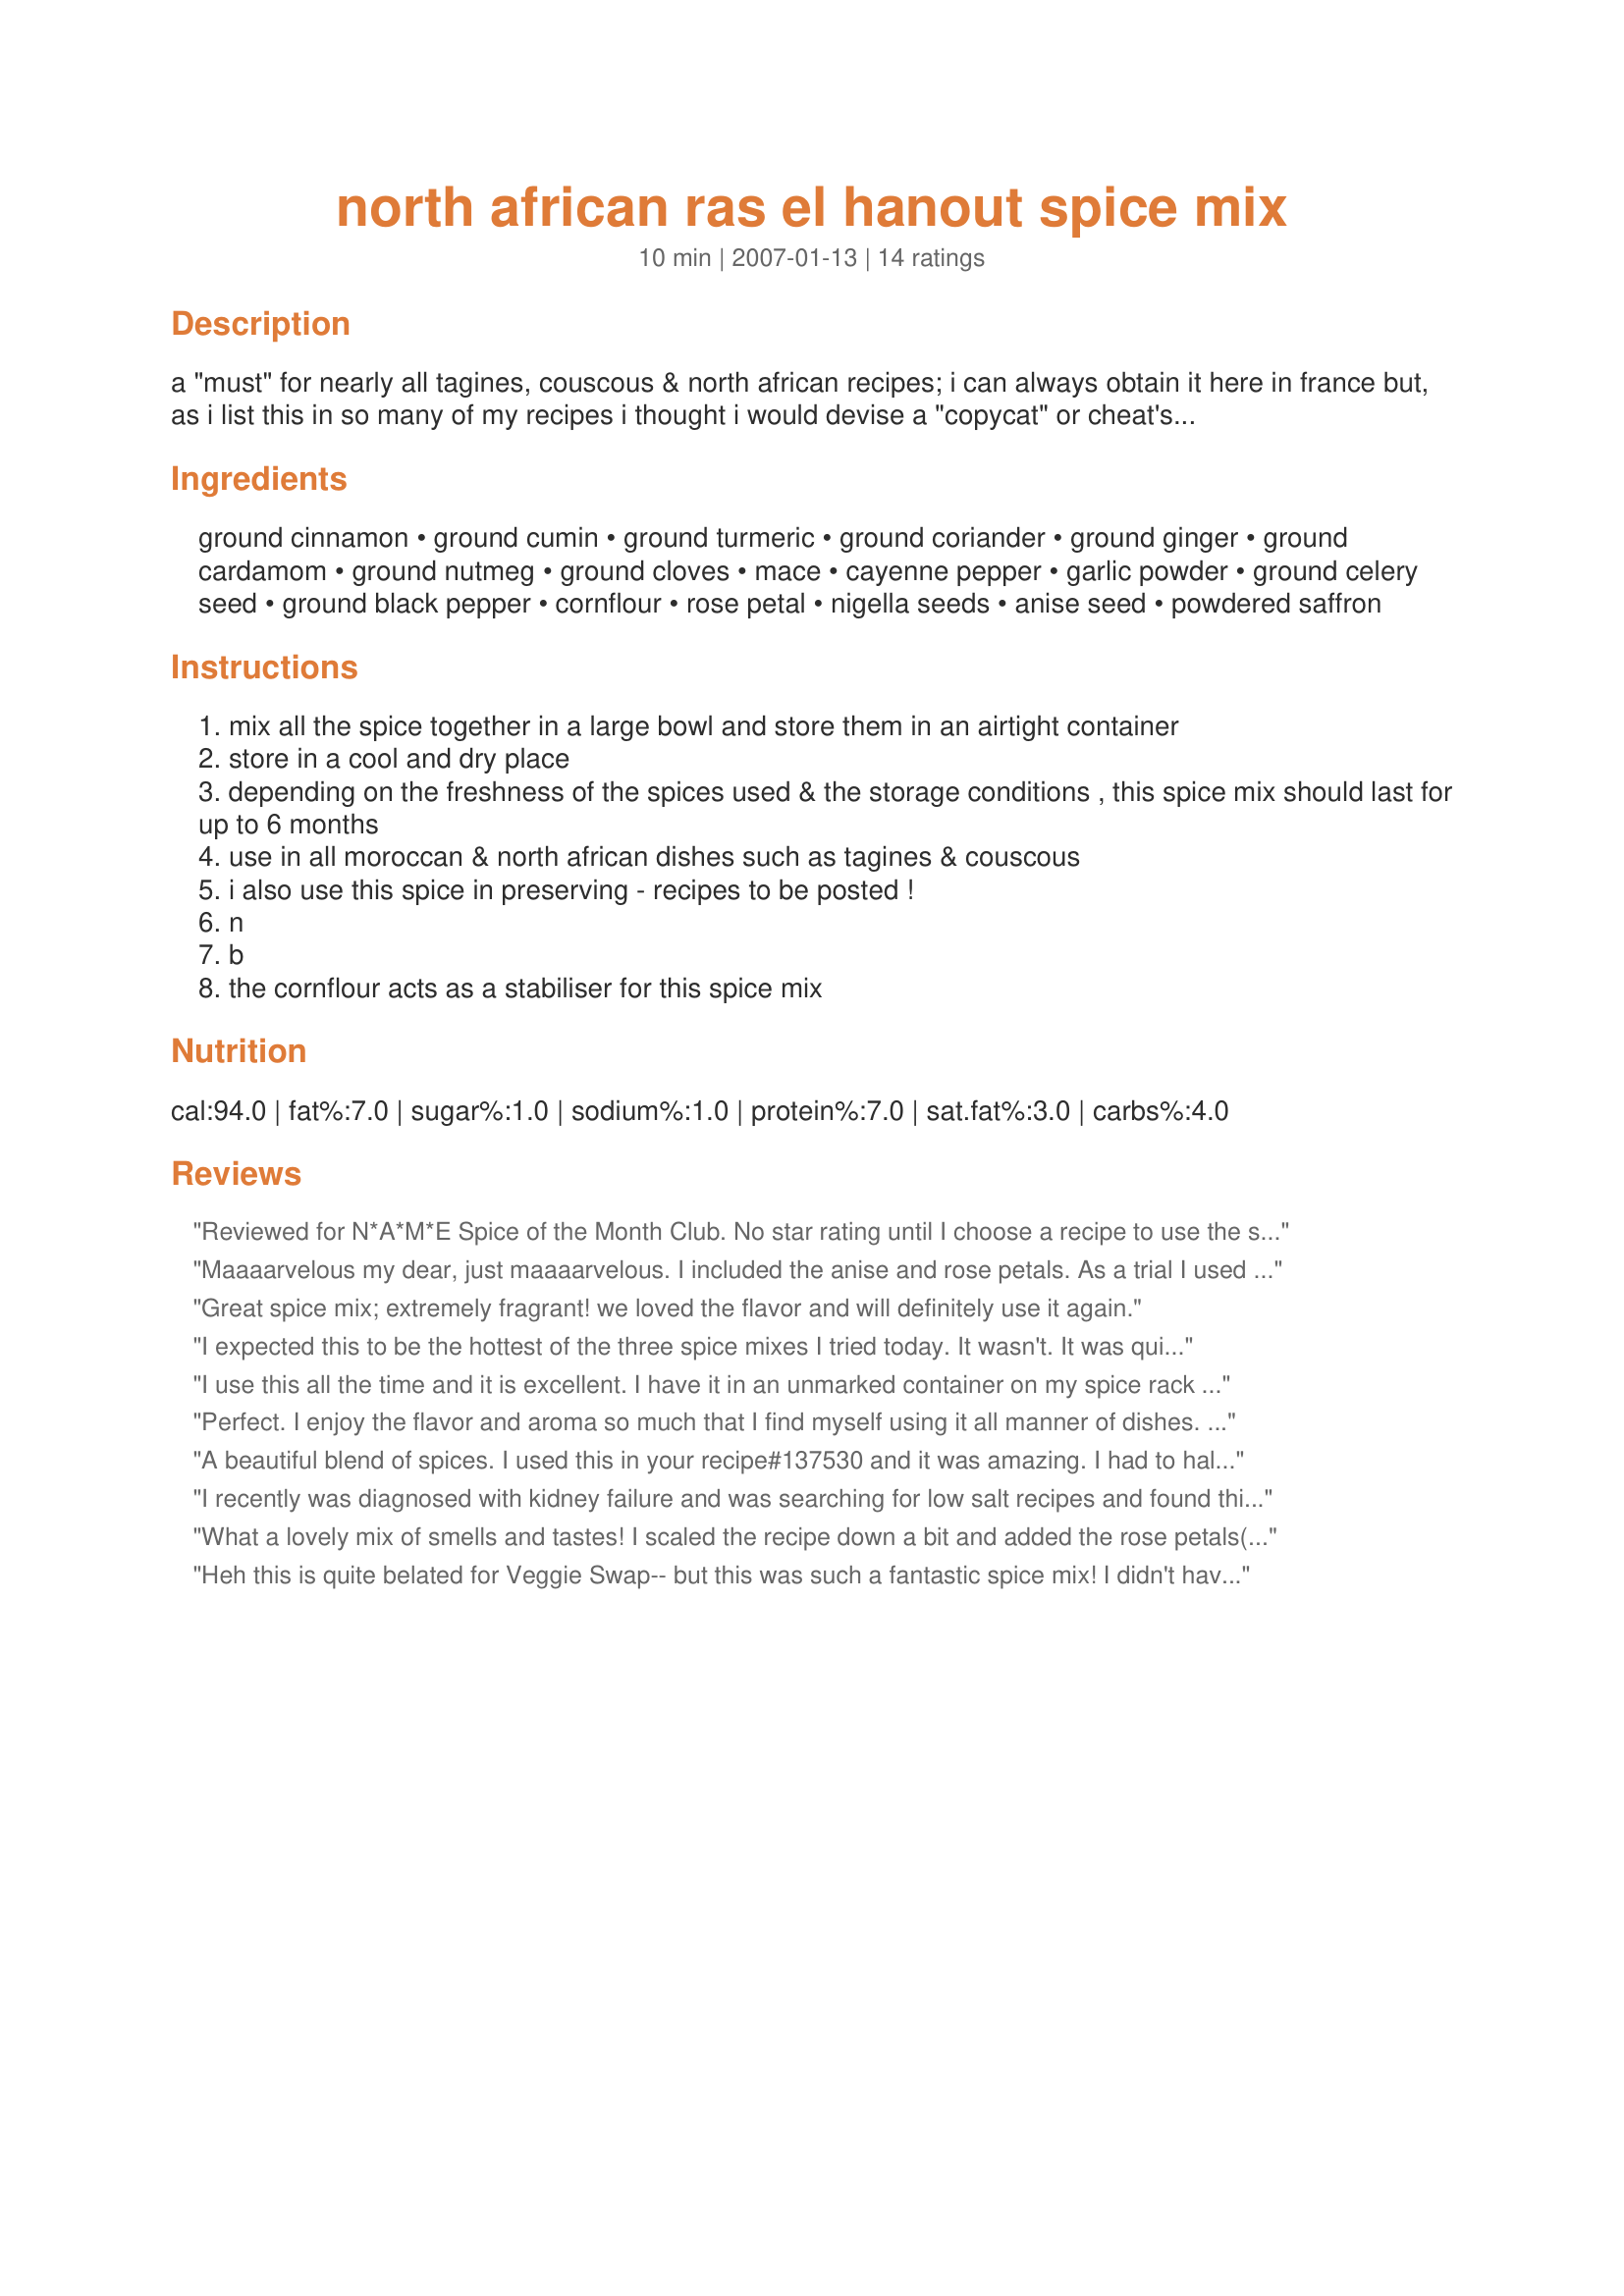
north african ras el hanout spice mix
Preparation time: 10 minutes

a "must" for nearly all tagines, couscous & north african recipes; i can always obtain it here in france but, as i list this in so many of my recipes i thought i would devise a "copycat" or cheat's spice mix which you can make up & have handy! it will be almost impossible to replicate this spice exactly as the orginal can contain up to 50 spices & very exotic ones such as rose petals, lavender, nigella & grains of paradise, but i have tried to incorporoate all the traditional elements of this exotic mix, with spices that will be easily & readily available in most countries!
store it in an airtight & preferably dark tin/container, and in a cool & dry place; depending on the freshness of the spices you have used & your storage conditions, this should last for up to 6 months.
you can buy this as yellow or red ras-el-hanout, i have made up the yellow version - it's the one i mainly use in my cooking!
please note - this is not a hot spice mix - but an aromatic & very fragrant one! if you want to "perk" it up a bit, add more cayenne pepper.
i have added optional ingredients - spices which may be difficult to obtain, but if you have them, add them!!
would make a great gift too!
recipes that use ras-el-hanout are:
recipe #137530
recipe #191946
and
recipe #176181

Ingredients:
ground cinnamon, ground cumin, ground turmeric, ground coriander, ground ginger, ground cardamom, ground nutmeg, ground cloves, mace, cayenne pepper, garlic powder, ground celery seed, ground black pepper, cornflour, rose petal, nigella seeds, anise seed, powdered saffron

Steps:
mix all the spice together in a large bowl and store them in an airtight container
store in a cool and dry place
depending on the freshness of the spices used & the storage conditions , this spice mix should last for up to 6 months
use in all moroccan & north african dishes such as tagines & couscous
i also use this spice in preserving - recipes to be posted !
n
b
the cornflour acts as a stabiliser for this spice mix

Reviews:
Reviewed for N*A*M*E Spice of the Month Club. No star rating until I choose a recipe to use the spice mix. Recipe yield reduced. Used everything but the nigella-out of them and forgot to purchase more. I'll be back. cg
Maaaarvelous my dear, just maaaarvelous. I included the anise and rose petals. As a trial I used it in a chicken salad for lunch and it was a pure delight. I made a 1/2 amount as I'm the only one who likes anything flavorful around here (bummer). I can't wait to try it in something really Moroccan. :D
Great spice mix; extremely fragrant! we loved the flavor and will definitely use it again.
I expected this to be the hottest of the three spice mixes I tried today. It wasn't. It was quite spicey but still very flavorful. I rubbed it on chicken that was then grilled outside. Made for ZWT #6 - 2010.
I use this all the time and it is excellent. I have it in an unmarked container on my spice rack and people always ask to smell it--leading most often to a unison "wow".

Seriously, just try making this spice mixture sometime. I have no doubt your experience will mirror mine; you'll be looking for dishes to use this in constantly.
Perfect. I enjoy the flavor and aroma so much that I find myself using it all manner of dishes. Thanks for sharing.
A beautiful blend of spices. I used this in your recipe#137530 and it was amazing. I had to half the recipe due to the lack of the full quantities of some of the ingredients and didn't have any of the optional to hand. I'm looking forward to making again and this time including some of the optional ingredients. Thanks FT for posting.
I recently was diagnosed with kidney failure and was searching for low salt recipes and found this. I just substituted garlic powder for the garlic salt and ground celery seed for the celery salt. I have made beef stew twice and a chicken stir fry and take the leftovers to work and it is delicious (in fact twice when I went to get the second container of leftovers and my wife had already eaten it on me!). Thank you so much.
What a lovely mix of smells and tastes! I scaled the recipe down a bit and added the rose petals(I have a hillside overflowing with wild roses right now). I made this for the Zaar World Tour Kitchen Gadget Challenge for the Looney Spoon Phoodies! Thanks!
Heh this is quite belated for Veggie Swap-- but this was such a fantastic spice mix! I didn't have any of the optional ingredients and just put in extra nutmeg since I don't keep mace around, and just the scent was mouthwatering. I mixed about a teaspoon or two with some olive oil to sautee some greenbeans and coucous, it came out really exquisite like I'd spent hours on it! Made for Veggie Swap (18 I think) for the VIP (better late than never lol)
Mmmmmmmmm! Oh so easy and very fragrant. Made as part of ZWT3 and used (so far) in Recipe #191946
This is WONDERFUL! I had everything on-hand to mix this up, and used the optional saffron. I used this in recipe#387395 in place of the baharat spice. Thanks for posting, I'll be using this for a variety to things in the future. Made for ZWT6 - NA*ME Region and the Queens of Quisine!
I made this to use in a tagine, but I also used it to spiff up some lentils that were too plain. Very nice! ZWT6
WOW...the aroma of this spice mix is TDF. I used it with recipe #230031 and it was fantastic. I can't wait to try out more recipes using this divine spice mix. (skipped on the optional ing this time)
Reviewed for ZWT3...thanks for sharing!
